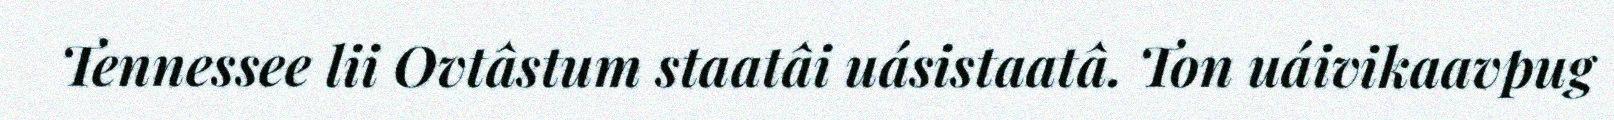
Tennessee lii Ovtâstum staatâi uásistaatâ. Ton uáivikaavpug